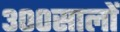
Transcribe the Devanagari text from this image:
३००सालों